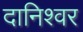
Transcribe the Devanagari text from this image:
दानिश्वर